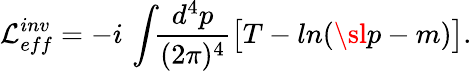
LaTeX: {\cal L}_{eff}^{inv}=-i\, \int\! \! {\frac{d^{4}p}{(2\pi)^{4}}}\big[T-ln(\sl{p}-m)\big].